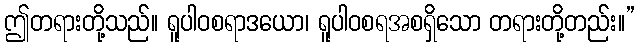
ဤတရားတို့သည်။ ရူပါဝစရာဒယော၊ ရူပါဝစရအစရှိသော တရားတို့တည်း။”